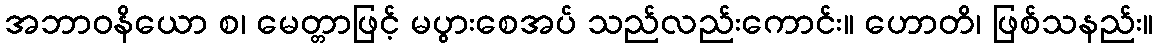
အဘာဝနိယော စ၊ မေတ္တာဖြင့် မပွားစေအပ် သည်လည်းကောင်း။ ဟောတိ၊ ဖြစ်သနည်း။